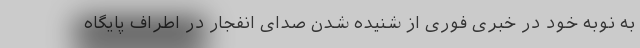
به نوبه خود در خبری فوری از شنیده شدن صدای انفجار در اطراف پایگاه